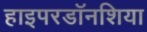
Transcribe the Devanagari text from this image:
हाइपरडॉनशिया